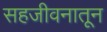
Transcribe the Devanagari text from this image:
सहजीवनातून